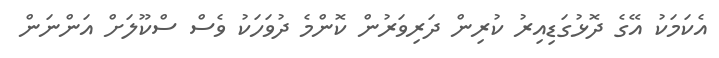
އެކަމަކު އޭގެ ދޮޅުގަޑިއިރު ކުރިން ދަރިވަރުން ކޮންމެ ދުވަހަކު ވެސް ސްކޫލަށް އަންނަން